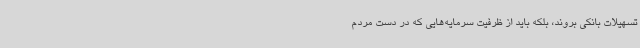
تسهیلات بانکی بروند، بلکه باید از ظرفیت سرمایه‌هایی که در دست مردم